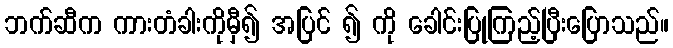
ဘက်ဆီက ကားတံခါးကိုမှီ၍ အပြင် ၍ ကို ခေါင်းပြုကြည့်ပြီးပြောသည်။